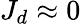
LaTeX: J_{d}\approx 0